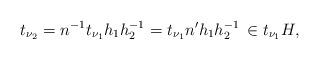
LaTeX: \begin{align*}t_{\nu_2} = n^{-1} t_{\nu_1} h_1 h_2^{-1} = t_{\nu_1} n' h_1 h_2^{-1} \,\in t_{\nu_1} H,\end{align*}